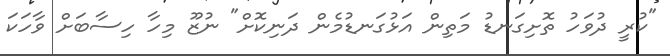
"ކުރީ ދުވަހު ތޮށިގަނޑު މަތިން އަޅުގަނޑުމެން ދަނިކޮށް" ނުޒޫ މިހާ ހިސާބަށް ވާހަކަ